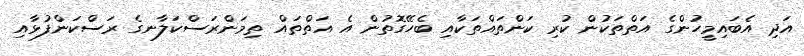
އަދި އެބައިމީހުންގެ އަތްތަކުން ކުރި ކަންތައްތަކާއި ބެހޭގޮތުން އެ އަތްތައް ތިމަންރަސްކަލާނގެ ރަސްކަންފުޅާއި